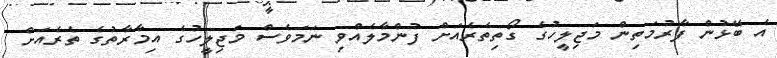
އެ ބޭޅުން ފާރުމަތިން މަޖިލީހުގެ ގޯތިތެރެއަށް ފުންމާލެއްވި ނަމަވެސް މަޖިލީހުގެ އިމާރާތުގެ ތެރެއަށް